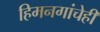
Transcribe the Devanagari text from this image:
हिमनगांचेही